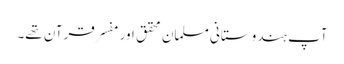
آپ ہندوستانی مسلمان محقق اور مفسر قرآن تھے۔